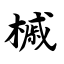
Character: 槭